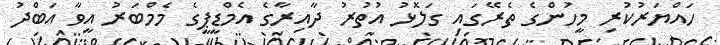
ހައްޔަރުކުރި މީހުންގެ ތެރޭގައި ގަލޮޅު އުތުރު ދާއިރާގެ އެމްޑީޕީގެ މެމްބަރު އީވާ އަބްދު